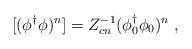
LaTeX: \begin{align*}[(\phi^\dagger \phi)^n]= Z^{-1}_{cn} (\phi^\dagger_0 \phi_0)^n \; ,\end{align*}